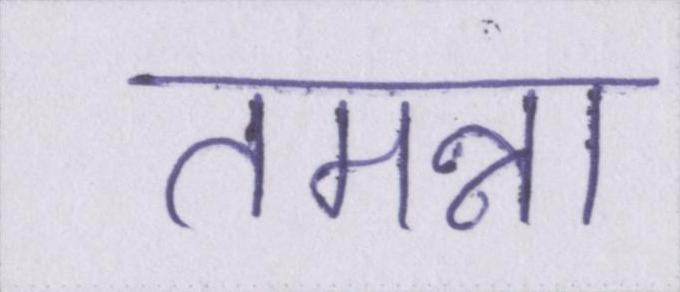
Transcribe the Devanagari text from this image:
तमन्ना